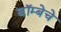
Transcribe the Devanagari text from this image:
बॉम्बेचे